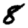
Digit: 8